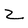
Character: Z